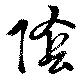
陰